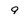
Character: 9